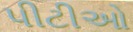
પીટીઓ